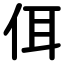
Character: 佴